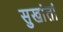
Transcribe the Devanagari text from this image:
सुखांतां